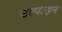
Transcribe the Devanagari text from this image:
उत्पाड़न